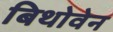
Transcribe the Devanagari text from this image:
बिथोवेन